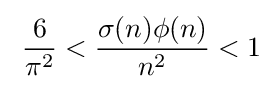
\;{\frac {6}{\pi ^{2}}}<{\frac {\sigma (n)\phi (n)}{n^{2}}}<1